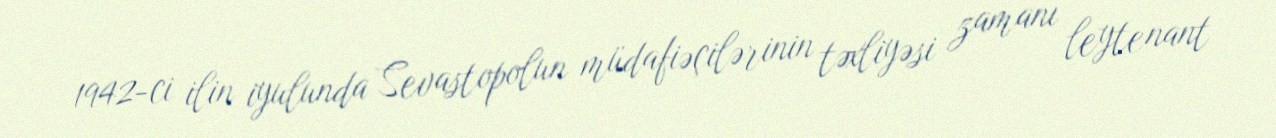
1942-ci ilin iyulunda Sevastopolun müdafiəçilərinin təxliyəsi zamanı leytenant